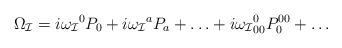
LaTeX: \begin{align*}\Omega_{\cal I}=i{\omega_{\cal I}}^0 P_0+i{\omega_{\cal I}}^a P_a+\ldots+i{\omega_{\cal I}}^0_{00} P^{00}_0+\ldots\end{align*}